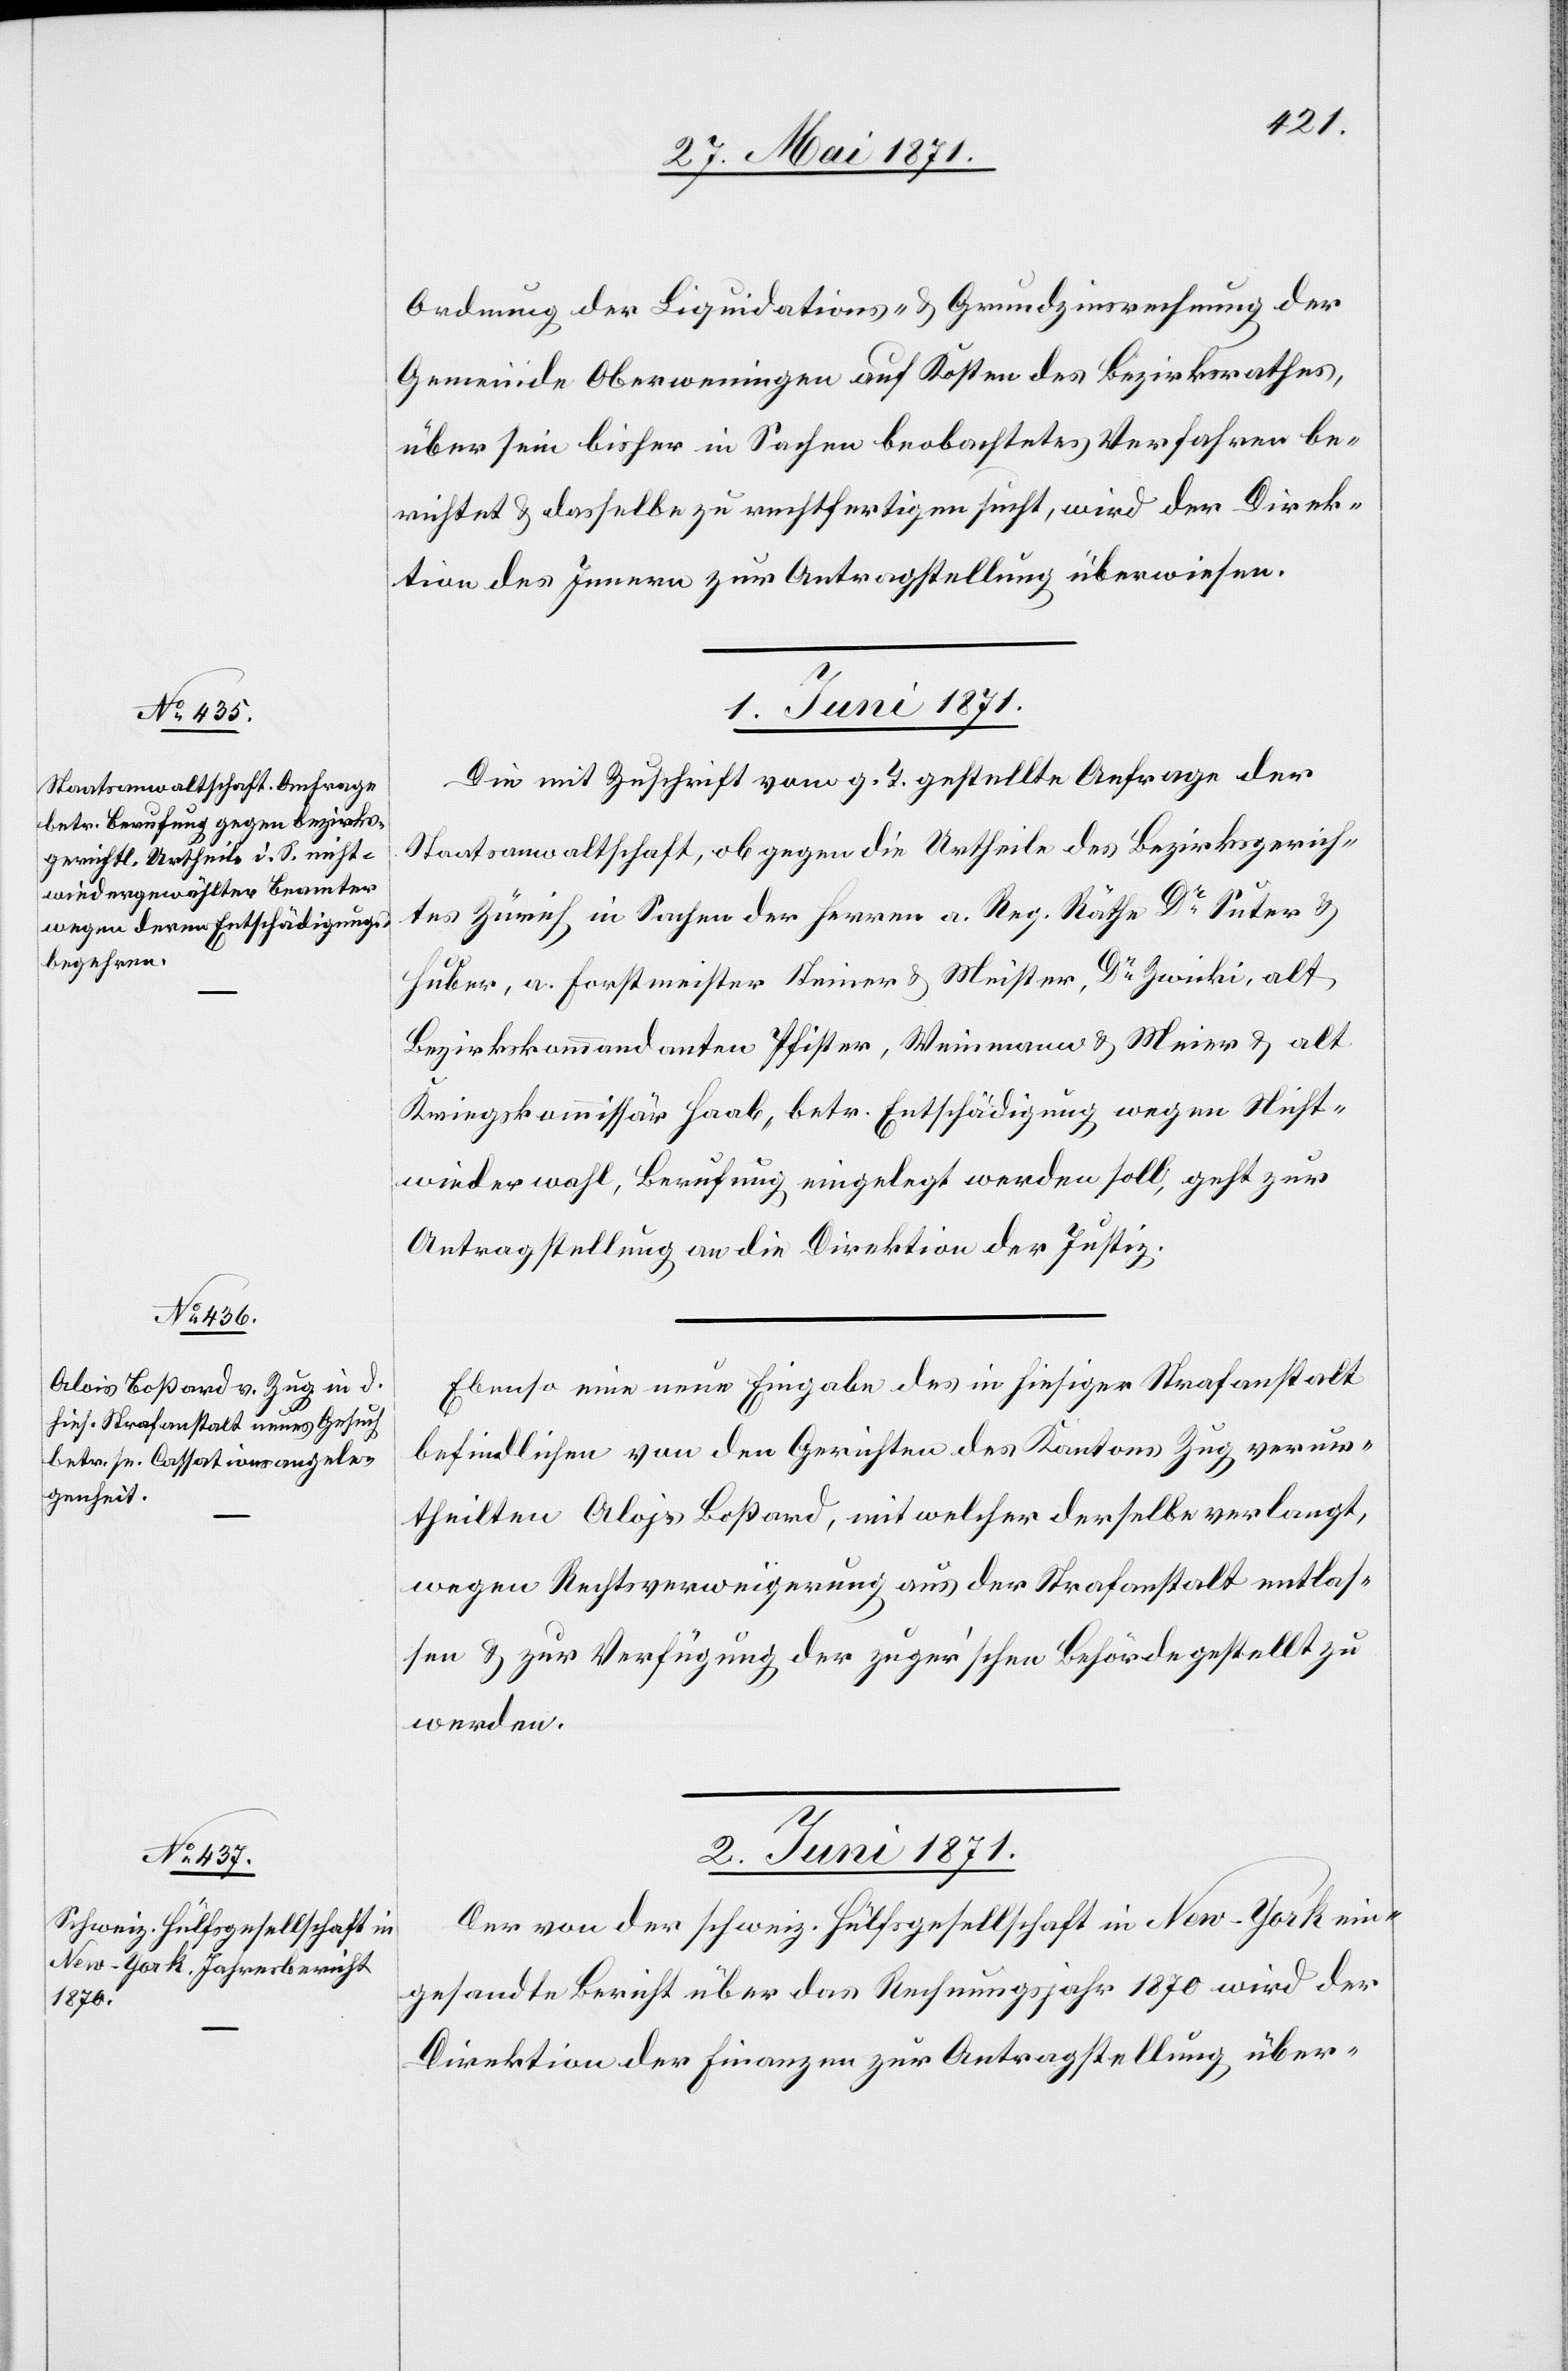
Ordnung der Liquidations- u. Grundzinsrechnung der
Gemeinde Oberweningen auf Kosten des Bezirksrathes,
über sein bisher in Sachen beobachtetes Verfahren be¬
richtet u. dasselbe zu rechtfertigen sucht, wird der Direk¬
tion des Innern zur Antragstellung überwiesen.
1. Juni 1871.]
Die mit Zuschrift vom g. T. gestellte Anfrage der
Staatsanwaltschaft, ob gegen die Urtheile des Bezirksgerich¬
tes Zürich in Sachen der Herren a. Reg. Räthe Dr. Suter u.
Huber, a. Forstmeister Steiner u. Meister, Dr. Zwicki, alt
Bezirkskommandanten Pfister, Weinmann u. Meier u. alt
Kriegskommissär Haab, betr. Entschädigung wegen Nicht¬
wiederwahl, Berufung eingelegt werden soll, geht zur
Antragstellung an die Direktion der Justiz.
Ebenso eine neue Eingabe des in hiesiger Strafanstalt
befindlichen von den Gerichten des Kantons Zug verur¬
theilten Alojs [sic!] Boßard, mit welcher derselbe verlangt,
wegen Rechtsverweigerung aus der Strafanstalt entlas¬
sen u. zur Verfügung der zuger’schen Behörde gestellt zu
werden.
2. Juni 1871.
Der von der schweiz. Hülfsgesellschaft in New-York ein¬
gesandte Bericht über das Rechnungsjahr 1870 wird der
Direktion der Finanzen zur Antragstellung über-